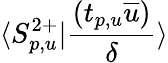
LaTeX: \langle S_{p,u}^{2+}\vert\frac{(t_{p,u}\overline{{u}})}{\delta}\rangle